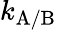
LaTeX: k_{\mathrm{A/B}}